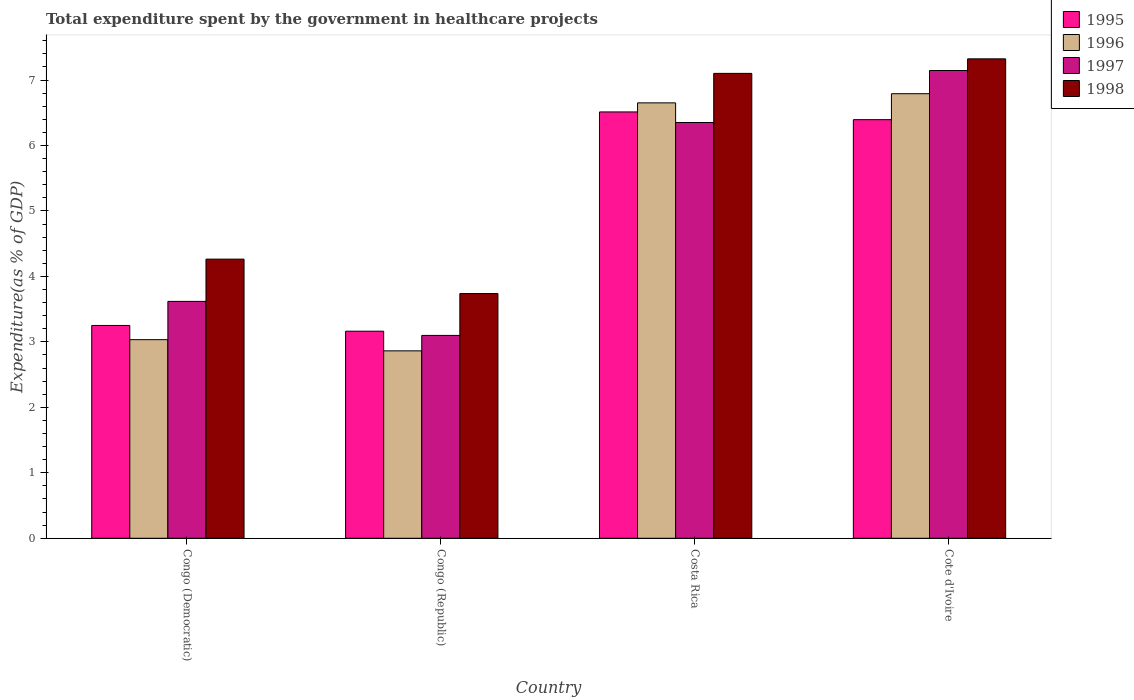
| Country | 1995 | 1996 | 1997 | 1998 |
 | --- | --- | --- | --- | --- |
 | Congo (Democratic) | 3.25 | 3.03 | 3.62 | 4.26 |
 | Congo (Republic) | 3.16 | 2.86 | 3.1 | 3.74 |
 | Costa Rica | 6.51 | 6.65 | 6.35 | 7.1 |
 | Cote d'Ivoire | 6.39 | 6.79 | 7.14 | 7.32 |